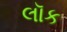
લૉક